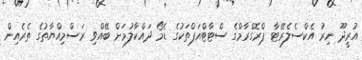
އުރީދޫ ނިރު އެކްސެލެރޭޓާ ޕްރޮގްރާމްގެ ސްޓާޓްއަޕްތަކުގެ ޑެމޯ ދައްކާލުމަށް ބޭއްވި ރަސްމިއްޔާތުގެ ތެރެއިން